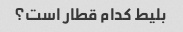
بلیط کدام قطار است؟